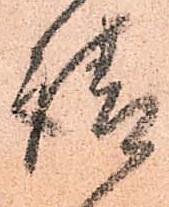
請